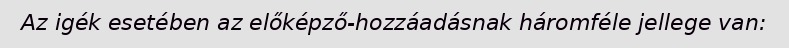
Az igék esetében az előképző-hozzáadásnak háromféle jellege van: